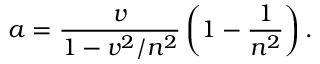
a = \frac { v } { 1 - v ^ { 2 } / n ^ { 2 } } \left( 1 - \frac { 1 } { n ^ { 2 } } \right) .